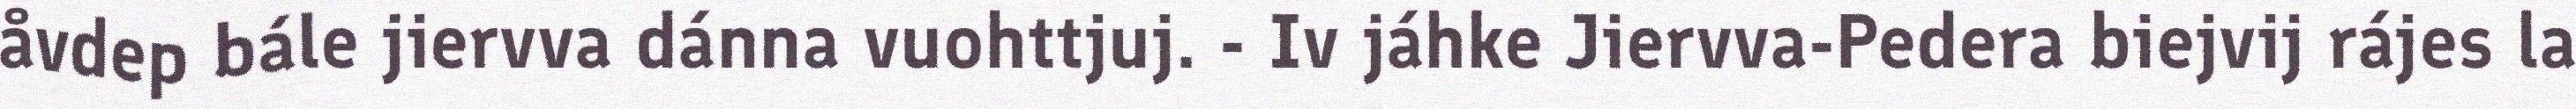
åvdep bále jiervva dánna vuohttjuj. - Iv jáhke Jiervva-Pedera biejvij rájes la